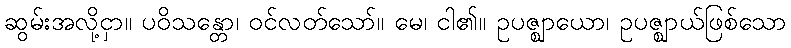
ဆွမ်းအလို့ငှာ။ ပဝိသန္တော၊ ဝင်လတ်သော်။ မေ၊ ငါ၏။ ဥပဇ္ဈာယော၊ ဥပဇ္ဈာယ်ဖြစ်သော